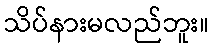
သိပ်နားမလည်ဘူး။